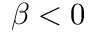
\beta < 0